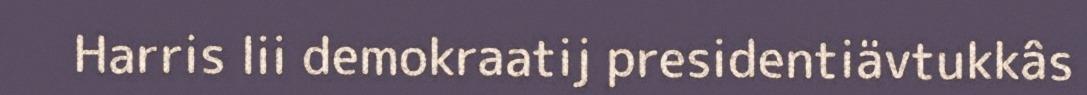
Harris lii demokraatij presidentiävtukkâs